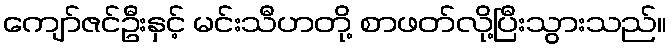
ကျော်ဇင်ဦးနှင့် မင်းသီဟတို့ စာဖတ်လို့ပြီးသွားသည်။